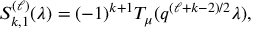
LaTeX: S _ { k , 1 } ^ { ( \ell ) } ( \lambda ) = ( - 1 ) ^ { k + 1 } T _ { \mu } ( q ^ { ( \ell + k - 2 ) / 2 } \lambda ) ,